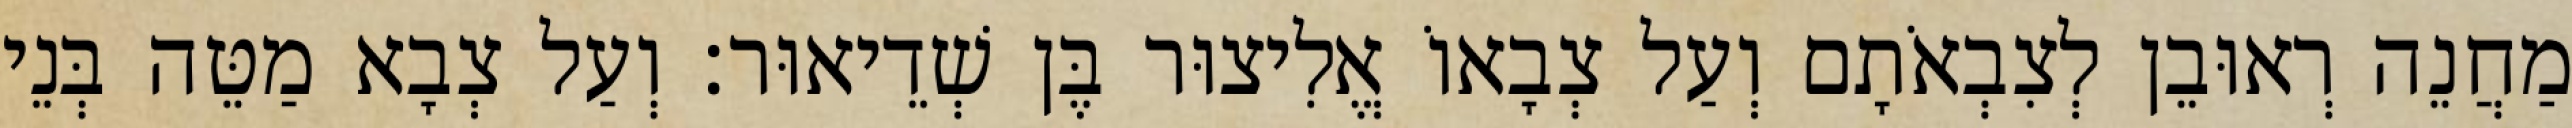
מַחֲנֵה רְאוּבֵן לְצִבְאֹתָם וְעַל צְבָאוֹ אֱלִיצוּר בֶּן שְׁדֵיאוּר׃ וְעַל צְבָא מַטֵּה בְּנֵי